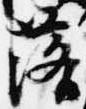
落